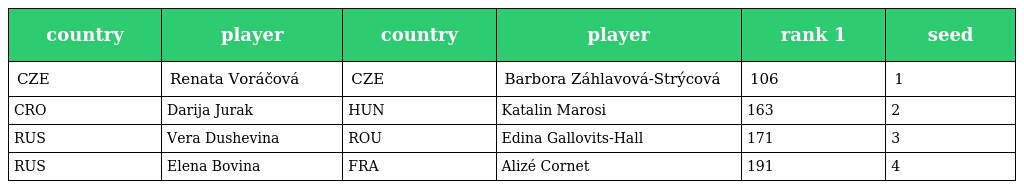
| country | player | country | player | rank 1 | seed |
 | --- | --- | --- | --- | --- | --- |
 | CZE | Renata Voráčová | CZE | Barbora Záhlavová-Strýcová | 106 | 1 |
 | CRO | Darija Jurak | HUN | Katalin Marosi | 163 | 2 |
 | RUS | Vera Dushevina | ROU | Edina Gallovits-Hall | 171 | 3 |
 | RUS | Elena Bovina | FRA | Alizé Cornet | 191 | 4 |